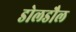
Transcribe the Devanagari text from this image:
डोलडौल